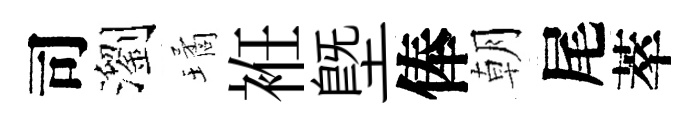
司瀏璚袵塈俸朝尾萃